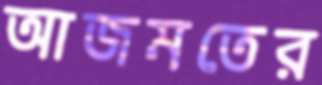
আজমতের